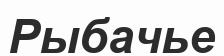
Рыбачье